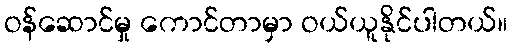
ဝန်ဆောင်မှု ကောင်တာမှာ ဝယ်ယူနိုင်ပါတယ်။